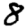
Digit: 8